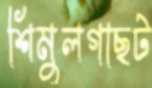
শিমুলগাছট